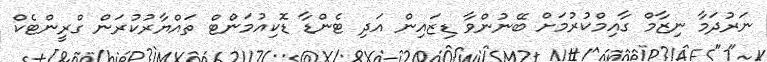
ނަރުދަމާ ނިޒާމް ގާއިމްކުރުމަށް ބޭނުންވާ ޑިޒައިން އަދި ޓެންޑާ ޑޮކިއުމަންޓް ތައްޔާރުކުރަން ގްރީންޓެކް